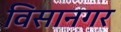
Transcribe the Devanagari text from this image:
विसानगर